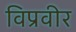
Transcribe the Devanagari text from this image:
विप्रवीर